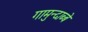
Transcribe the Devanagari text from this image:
गामुन्दाब्बे